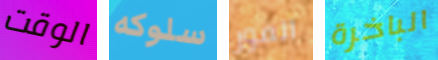
الوقت سلوكه الفور الباخرة